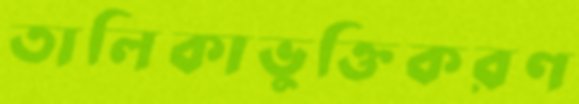
তালিকাভুক্তিকরণ